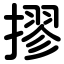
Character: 摎